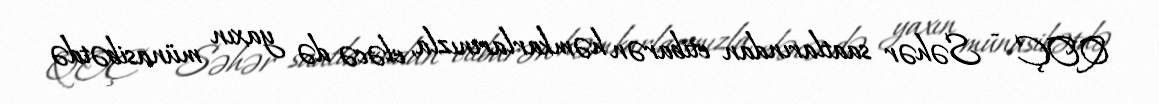
QOÇ - Səhər saatlarından etibarən həmkarlarınızla, eləcə də yaxın münasibətdə